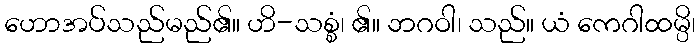
ဟောအပ်သည်မည်၏။ ဟိ-သစ္စံ၊ ၏။ ဘဂဝါ၊ သည်။ ယံ ကေဂါထမ္ပိ၊